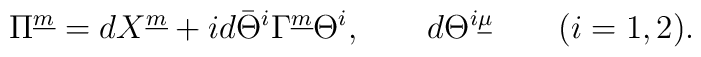
\Pi^{\underline m}=dX^{\underline m}+id\bar\Theta^{i}\Gamma^{\underline m}\Theta^{i}, \qquad d\Theta^{i\underline \mu} \qquad(i=1,2).